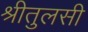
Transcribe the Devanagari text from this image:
श्रीतुलसी